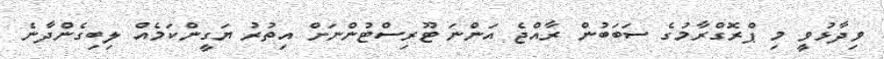
ވިދާޅުވީ މި ޕްރޮގްރާމުގެ ސަބަބުން ރާއްޖެ އަންނަ ޓޫރިސްޓުންނަށް އިތުރު ޔަގީންކަމެއް ލިބިގެންދާނެ